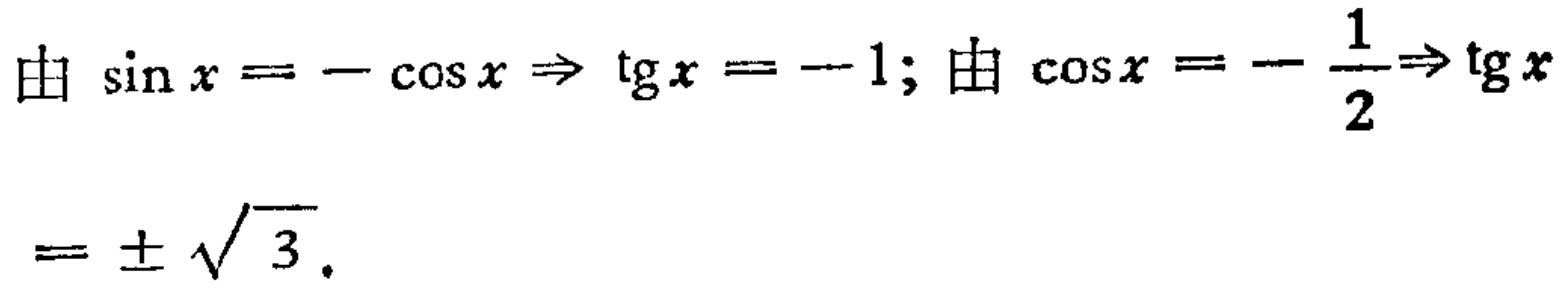
由 \(\sin x = -\cos x \Rightarrow \tg x = -1\); 由 \(\cos x = -\frac{1}{2}\Rightarrow \tg x = \pm\sqrt{3}\).